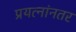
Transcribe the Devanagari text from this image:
प्रयत्नांनतर